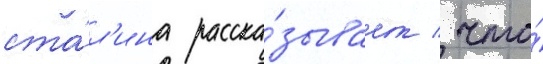
ста́л'ина расска́зывает / что́